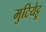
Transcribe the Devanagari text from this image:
मुटियेट्टु